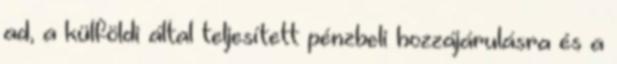
ad, a külföldi által teljesített pénzbeli hozzájárulásra és a